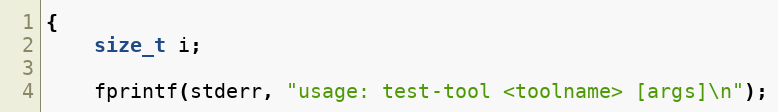
Language: C
{
	size_t i;

	fprintf(stderr, "usage: test-tool <toolname> [args]\n");